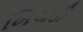
ખિચડી